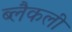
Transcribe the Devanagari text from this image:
ब्लैकली